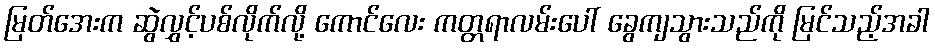
မြတ်အေးက ဆွဲလွှင့်ပစ်လိုက်လို့ ကောင်လေး ကတ္တရာလမ်းပေါ် ခွေကျသွားသည်ကို မြင်သည့်အခါ